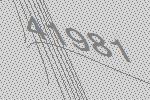
41981